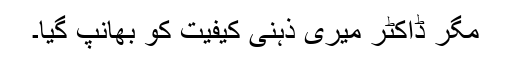
مگر ڈاکٹر میری ذہنی کیفیت کو بھانپ گیا۔